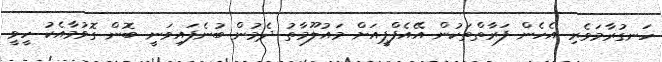
ހަނގުރާމަވެރި އެހެން ފަރާތްތަކުން އޭއެފްޕީއަށް މައުލޫމާތު ދެމުން ބުނެފައިވަނީ ބޮން ގޮވުމާއެކު ހީވީ